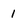
Character: 1